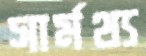
সার্মথ্য